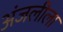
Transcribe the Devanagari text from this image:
अंजलीला